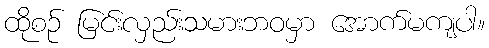
ထိုစဉ် မြင်းလှည်းသမားဘဝမှာ အောက်မကျပါ။